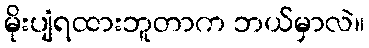
မိုးပျံရထားဘူတာက ဘယ်မှာလဲ။